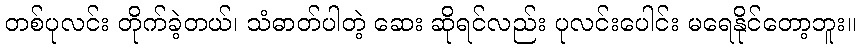
တစ်ပုလင်း တိုက်ခဲ့တယ်၊ သံဓာတ်ပါတဲ့ ဆေး ဆိုရင်လည်း ပုလင်းပေါင်း မရေနိုင်တော့ဘူး။